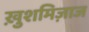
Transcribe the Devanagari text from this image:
ख़ुशमिज़ाज